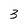
Character: 3